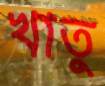
খাতু